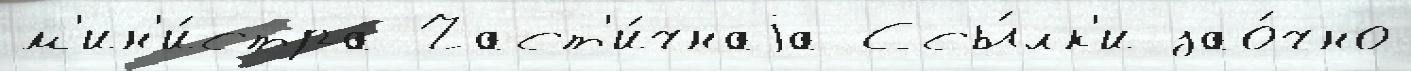
м'ин'и́стра Част'и́чнаjа Ссы́лк'и зао́чно